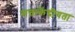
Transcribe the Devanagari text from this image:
सत्ताकेंद्रीयता